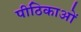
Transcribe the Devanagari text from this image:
पीठिकाओं